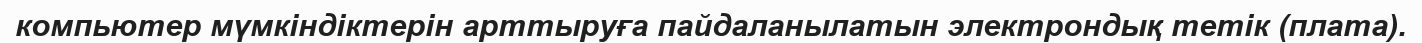
компьютер мүмкіндіктерін арттыруға пайдаланылатын электрондық тетік (плата).